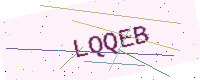
Text: LQQEB